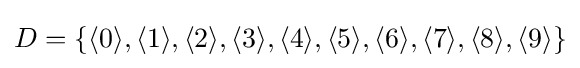
D=\{\langle 0\rangle ,\langle 1\rangle ,\langle 2\rangle ,\langle 3\rangle ,\langle 4\rangle ,\langle 5\rangle ,\langle 6\rangle ,\langle 7\rangle ,\langle 8\rangle ,\langle 9\rangle \}